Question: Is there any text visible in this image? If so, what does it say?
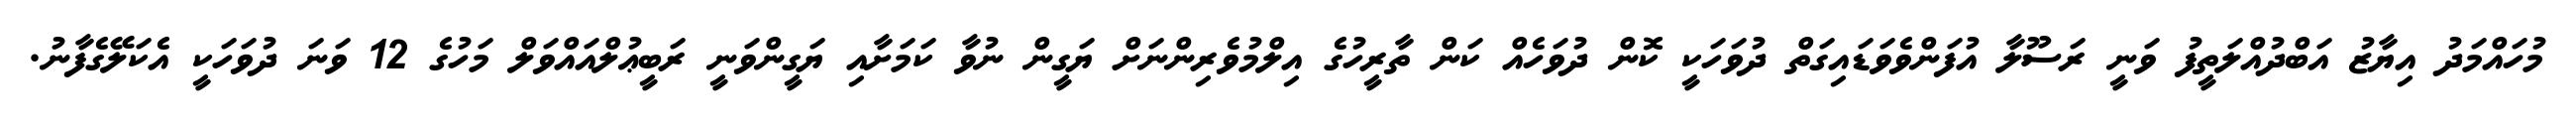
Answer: މުހައްމަދު އިޔާޒު އަބްދުއްލަތީފު ވަނީ ރަސޫލާ އުފަންވެވަޑައިގަތް ދުވަހަކީ ކޮން ދުވަހެއް ކަން ތާރީހުގެ އިލްމުވެރިންނަށް ޔަގީން ނުވާ ކަމަށާއި ޔަގީންވަނީ ރަބީޢުލްއައްވަލް މަހުގެ 12 ވަނަ ދުވަހަކީ އެކަލޭގެފާނު.